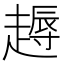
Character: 𧽘